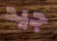
جيد